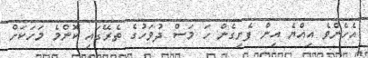
އެހެންވެ އިއްޔެ އިން ފެށިގެން ހަ މަސް ދުވަހުގެ ތެރޭގައި ކޮންމެ މަހަކަށް